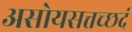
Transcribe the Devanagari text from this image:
असोयसत्तच्छदं